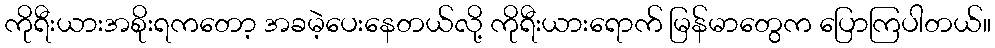
ကိုရီးယားအစိုးရကတော့ အခမဲ့ပေးနေတယ်လို့ ကိုရီးယားရောက် မြန်မာတွေက ပြောကြပါတယ်။